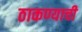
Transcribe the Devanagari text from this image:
ठाकण्याची